Document type: Emphyteutic lease
Year: 1274
Scribe: Pere Marquès
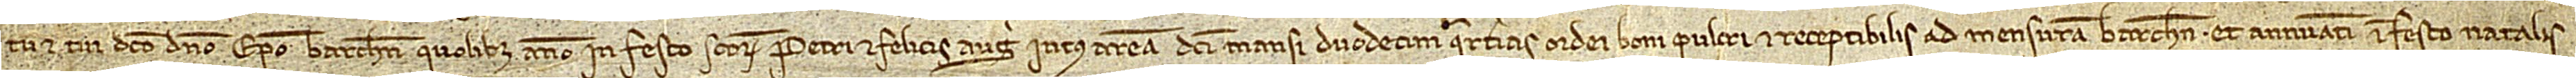
tu et tui dicto domino episcopo Barchinone quolibet anno in festo Sanctorum Petri et Felicis augusti, intus aream dicti mansi, duodecim quarterias ordei boni, pulcri et receptibilis ad mensuram Barchinone, et annuatim in festo Natalis